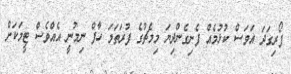
ފޯރިގަދަ އަވަސް ކުޅުމެއް ފެނިގެންދިޔަ މިމެޗުގެ ފުރަތަމަ ހާފް ނިމުނީ އެއްވެސް ޓީމަކަށް